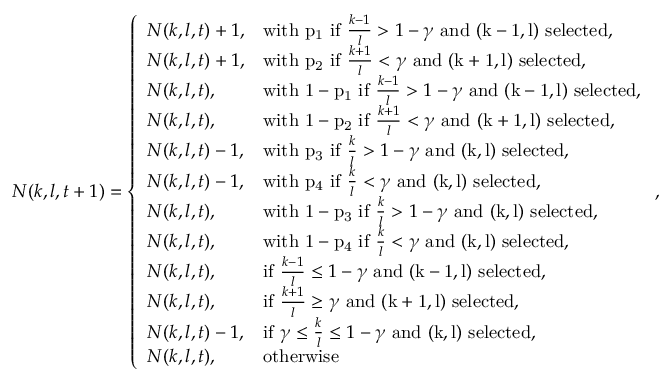
N ( k , l , t + 1 ) = \left\{ \begin{array} { l l } { N ( k , l , t ) + 1 , } & { \mathrm { w i t h ~ p _ 1 ~ i f ~ } \frac { k - 1 } { l } > 1 - \gamma \mathrm { ~ a n d ~ ( k - 1 , l ) ~ s e l e c t e d } , } \\ { N ( k , l , t ) + 1 , } & { \mathrm { w i t h ~ p _ 2 ~ i f ~ } \frac { k + 1 } { l } < \gamma \mathrm { ~ a n d ~ ( k + 1 , l ) ~ s e l e c t e d } , } \\ { N ( k , l , t ) , } & { \mathrm { w i t h ~ 1 - p _ 1 ~ i f ~ } \frac { k - 1 } { l } > 1 - \gamma \mathrm { ~ a n d ~ ( k - 1 , l ) ~ s e l e c t e d } , } \\ { N ( k , l , t ) , } & { \mathrm { w i t h ~ 1 - p _ 2 ~ i f ~ } \frac { k + 1 } { l } < \gamma \mathrm { ~ a n d ~ ( k + 1 , l ) ~ s e l e c t e d } , } \\ { N ( k , l , t ) - 1 , } & { \mathrm { w i t h ~ p _ 3 ~ i f ~ } \frac { k } { l } > 1 - \gamma \mathrm { ~ a n d ~ ( k , l ) ~ s e l e c t e d } , } \\ { N ( k , l , t ) - 1 , } & { \mathrm { w i t h ~ p _ 4 ~ i f ~ } \frac { k } { l } < \gamma \mathrm { ~ a n d ~ ( k , l ) ~ s e l e c t e d } , } \\ { N ( k , l , t ) , } & { \mathrm { w i t h ~ 1 - p _ 3 ~ i f ~ } \frac { k } { l } > 1 - \gamma \mathrm { ~ a n d ~ ( k , l ) ~ s e l e c t e d } , } \\ { N ( k , l , t ) , } & { \mathrm { w i t h ~ 1 - p _ 4 ~ i f ~ } \frac { k } { l } < \gamma \mathrm { ~ a n d ~ ( k , l ) ~ s e l e c t e d } , } \\ { N ( k , l , t ) , } & { \mathrm { i f ~ } \frac { k - 1 } { l } \leq 1 - \gamma \mathrm { ~ a n d ~ ( k - 1 , l ) ~ s e l e c t e d } , } \\ { N ( k , l , t ) , } & { \mathrm { i f ~ } \frac { k + 1 } { l } \geq \gamma \mathrm { ~ a n d ~ ( k + 1 , l ) ~ s e l e c t e d } , } \\ { N ( k , l , t ) - 1 , } & { \mathrm { i f ~ } \gamma \leq \frac { k } { l } \leq 1 - \gamma \mathrm { ~ a n d ~ ( k , l ) ~ s e l e c t e d } , } \\ { N ( k , l , t ) , } & { \mathrm { o t h e r w i s e ~ } } \end{array} \right. ,